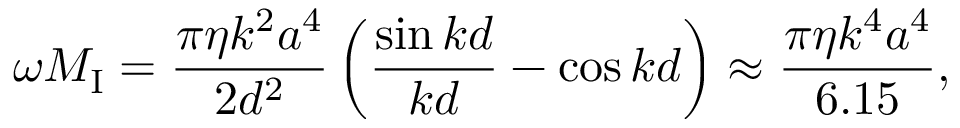
\omega M _ { \mathrm { I } } = { \frac { \pi \eta k ^ { 2 } a ^ { 4 } } { 2 d ^ { 2 } } } \left( { \frac { \sin k d } { k d } } - \cos k d \right) \approx { \frac { \pi \eta k ^ { 4 } a ^ { 4 } } { 6 . 1 5 } } ,